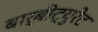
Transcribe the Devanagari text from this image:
बार्बीट्युरेट